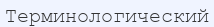
Терминологический